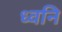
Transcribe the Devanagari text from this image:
ध्‍वनि